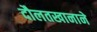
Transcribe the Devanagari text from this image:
दौलतखानाने